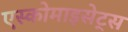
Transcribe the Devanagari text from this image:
एस्कोमाइसेट्स